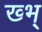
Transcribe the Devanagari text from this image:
ख्भ्